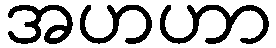
အဟဟာ